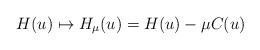
\begin{align*}H(u) \mapsto {H}_{{\mu}}(u)= {H}(u) - \mu {C} (u)\end{align*}